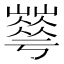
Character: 𡾀